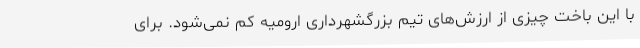
با این باخت چیزی از ارزش‌های تیم بزرگشهرداری ارومیه کم نمی‌شود. برای